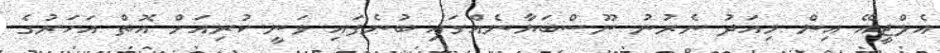
އެލްޖީއޭ އިން މިއަދު ނެރުނު ނޫސްބަޔާނެއްގައި ބުނެފައި ވަނީ ކުރިއަށް އޮތް އަހަރުގެ